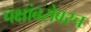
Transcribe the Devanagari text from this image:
पक्षांबरोबरच